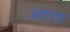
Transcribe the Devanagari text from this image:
अंतरप